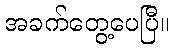
အခက်တွေ့ပေပြီ။